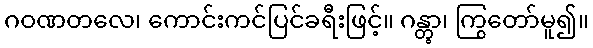
ဂဝဏတလေ၊ ကောင်းကင်ပြင်ခရီးဖြင့်။ ဂန္တွာ၊ ကြွတော်မူ၍။